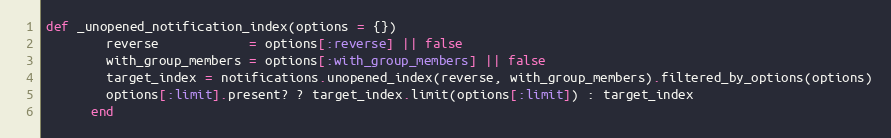
Language: Ruby
def _unopened_notification_index(options = {})
        reverse            = options[:reverse] || false
        with_group_members = options[:with_group_members] || false
        target_index = notifications.unopened_index(reverse, with_group_members).filtered_by_options(options)
        options[:limit].present? ? target_index.limit(options[:limit]) : target_index
      end